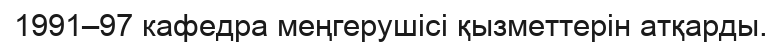
1991–97 кафедра меңгерушісі қызметтерін атқарды.